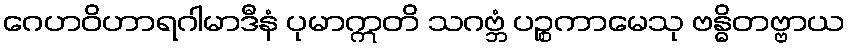
ဂေဟဝိဟာရဂါမာဒီနံ ပုမာဣတိ သဂဗ္ဘံ ပဉ္စကာမေသု ဗန္ဓိတဗ္ဗာယ